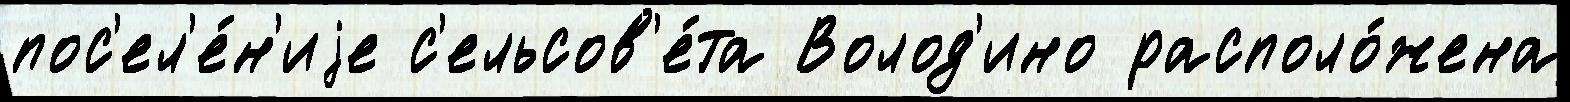
пос'ел'е́н'иjе с'ельсов'е́та Волод'ино располо́жена